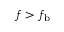
f > f _ { \mathrm { b } }